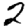
Digit: 2